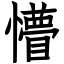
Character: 懵